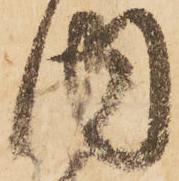
内